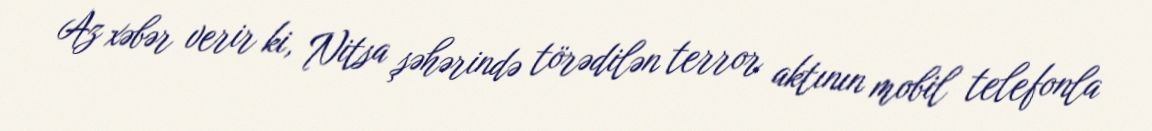
Az xəbər verir ki, Nitsa şəhərində törədilən terror aktının mobil telefonla